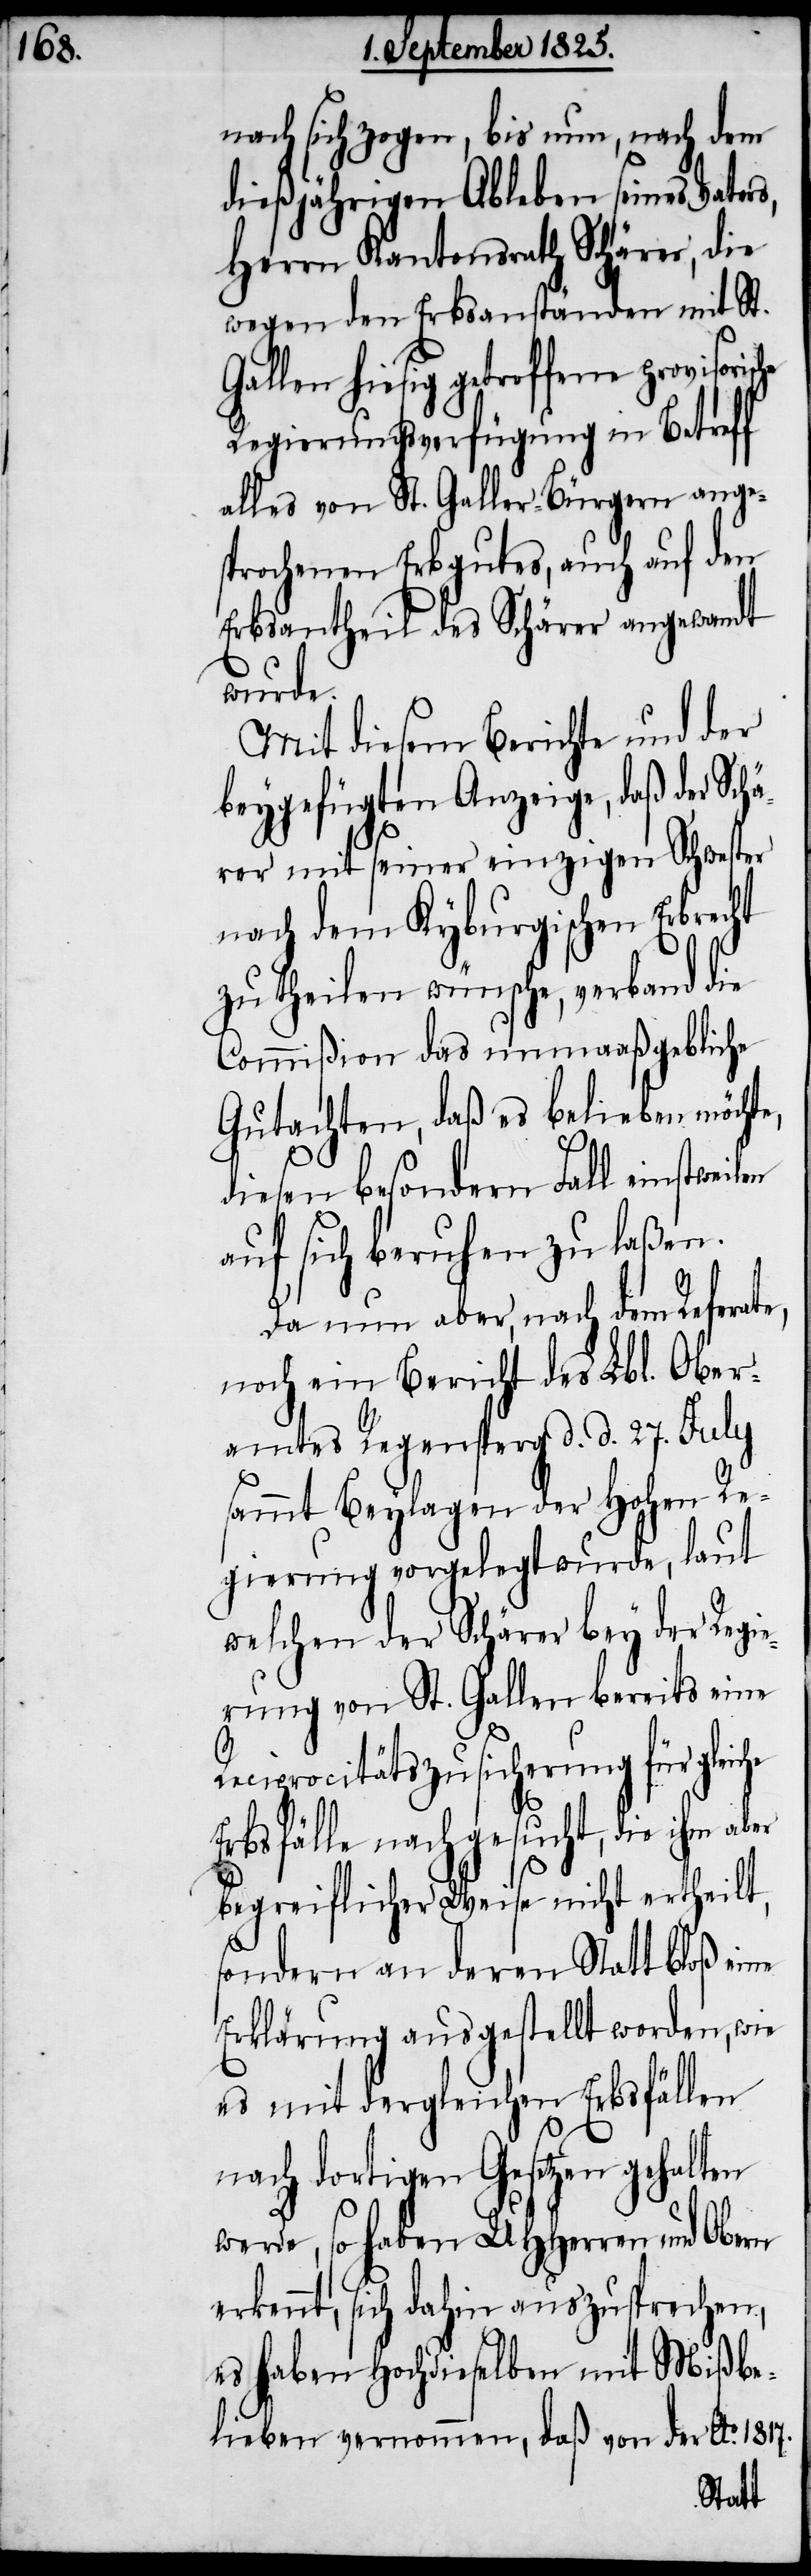
nach sich zogen, bis nun, nach dem
dießjährigen Ableben seines Vate¬
Herrn Kantonsrath Schärer, die
wegen den Erbsanständen mit St.
Gallen hiesig getroffenen
Regierungsverfügung in Betreff
alles von St. Galler-Bürgern ange¬
sprochene Erbgutes, auch auf den
Erbsantheil des Schärer angewandt
wurde.
Mit diesem Berichte und der
beygefügten Anzeige, daß der Schä¬
rer mit seiner einzigen Schwester
nach dem Kyburgischen Erbrecht
zu theilen wünsche, verband die
Commißion das unmaaßgebliche
Gutachten, daß es belieben möchte,
diesen besondern Fall einstweilen
auf sich beruhen zu laßen.
Da nun aber, nach dem Refera¬
noch ein Bericht des Lbl. Ober¬
amtes Regensperg d. d. 27. July
sammt Beylagen der hohen Re¬
gierung vorgelegt wurde, laut
welchen der Schärer bey der Regi¬
erung von St. Gallen bereits eine
Reciprocitätszusicherung für
Erbsfälle nachgesucht, die ihm aber
begreiflicher Weise nicht ertheilt,
sondern an deren Statt bloß eine
Erklärung ausgestellt worden, wie
es mit dergleichen Erbfällen
nach dortigen Gesetzen gehalten
werde, so haben UHHerren und Obern
erkennt, sich dahin auszusprechen,
es haben Hochdieselben mit Mißbe¬
lieben vernommen, daß von der Ao. 1817.
te,